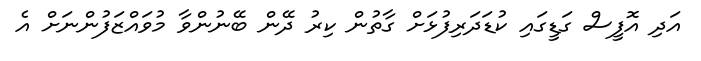
އަދި އޮފީސް ގަޑީގައި ކުޑަދަރިފުޅަށް ގާތުން ކިރު ދޭން ބޭނުންވާ މުވައްޒަފުންނަށް އެ